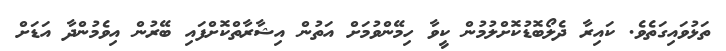
ތަޅުވައިގަތެވެ. ކައިރާ ދެލޯބޮޑުކޮށްލުމުން ކީވާ ހިމޭންވުމަށް އަތުން އިޝާރާތްކޮށްފައި ބޭރުން އިވެމުންދާ އަޑަށް